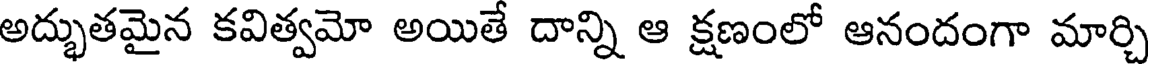
అద్భుతమైన కవిత్వమో అయితే దాన్ని ఆ క్షణంలో ఆనందంగా మార్చి